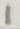
Text: 1